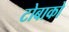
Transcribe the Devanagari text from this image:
टोबाको